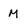
Character: M